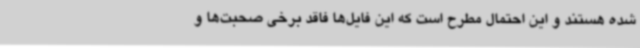
شده هستند و این احتمال مطرح است که این فایل‌ها فاقد برخی صحبت‌ها و